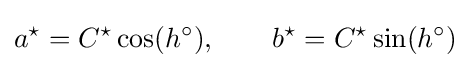
a^{\star }=C^{\star }\cos(h^{\circ }),\qquad b^{\star }=C^{\star }\sin(h^{\circ })